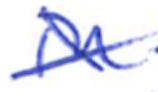
Text: in
Cross-out: cross
Writing tool: ballpoint